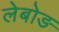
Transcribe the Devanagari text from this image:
लेबोङ